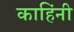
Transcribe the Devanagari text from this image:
काहिंनी